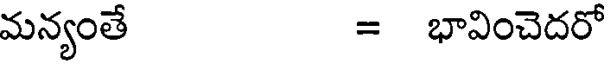
మన్యంతే = భావించెదరో